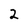
Character: 2